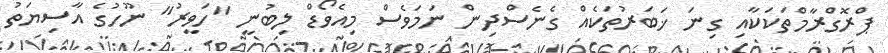
ޕްރޮގްރާމްތަކަކާއި ގިނަ ޚަބަރުތަކެއް ގެނެސްދިން ނަމަވެސް މިއެވޯޑް ލިބުނީ "ހަވީރު" ނޫހުގެ އާސިޔަތު